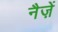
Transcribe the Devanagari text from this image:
नैज़ें